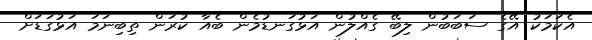
އެކަމަކު އޭގެ ސަބަބުން ލިބޭ ގެއްލުން އަޅުގަނޑުމެން ބެއާ ކުރަން ތިބިނަމަ އަޅުގަޑަށް